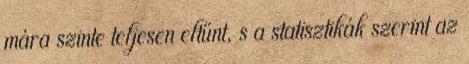
mára szinte teljesen eltűnt, s a statisztikák szerint az